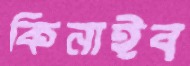
কিনাইব